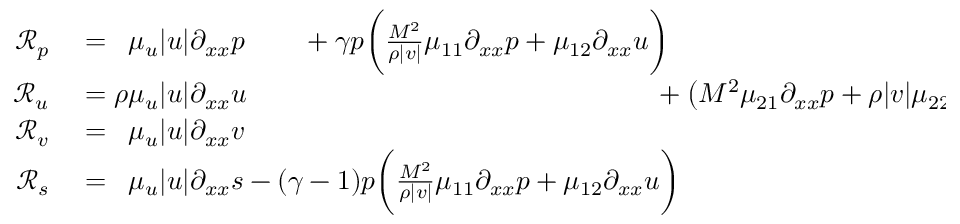
\begin{array} { r l } { \mathcal { R } _ { p } } & { { } = \phantom { \rho } \mu _ { u } | u | \partial _ { x x } p \phantom { ( - 1 ) } + \gamma p \bigg ( \frac { M ^ { \- 2 } } { \rho | v | } \mu _ { 1 1 } \partial _ { x x } p + \mu _ { 1 2 } \partial _ { x x } u \bigg ) \phantom { + \big ( M ^ { \- 2 } \mu _ { 2 1 } \partial _ { x x } p + \rho | v | \mu _ { 2 2 } \partial _ { x x } u \big ) } } \\ { \mathcal { R } _ { u } } & { { } = \rho \mu _ { u } | u | \partial _ { x x } u \phantom { + ( \gamma - 1 ) p \big ( \frac { M ^ { \- 2 } } { \rho | v | } \mu _ { 1 1 } \partial _ { x x } p + \mu _ { 1 2 } \partial _ { x x } u \big ) } + \big ( M ^ { \- 2 } \mu _ { 2 1 } \partial _ { x x } p + \rho | v | \mu _ { 2 2 } \partial _ { x x } u \big ) } \\ { \mathcal { R } _ { v } } & { { } = \phantom { \rho } \mu _ { u } | u | \partial _ { x x } v } \\ { \mathcal { R } _ { s } } & { { } = \phantom { \rho } \mu _ { u } | u | \partial _ { x x } s - ( \gamma - 1 ) p \bigg ( \frac { M ^ { \- 2 } } { \rho | v | } \mu _ { 1 1 } \partial _ { x x } p + \mu _ { 1 2 } \partial _ { x x } u \bigg ) } \end{array}